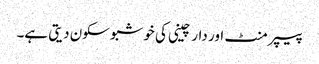
پیپر منٹ اور دار چینی کی خوشبو سکون دیتی ہے۔